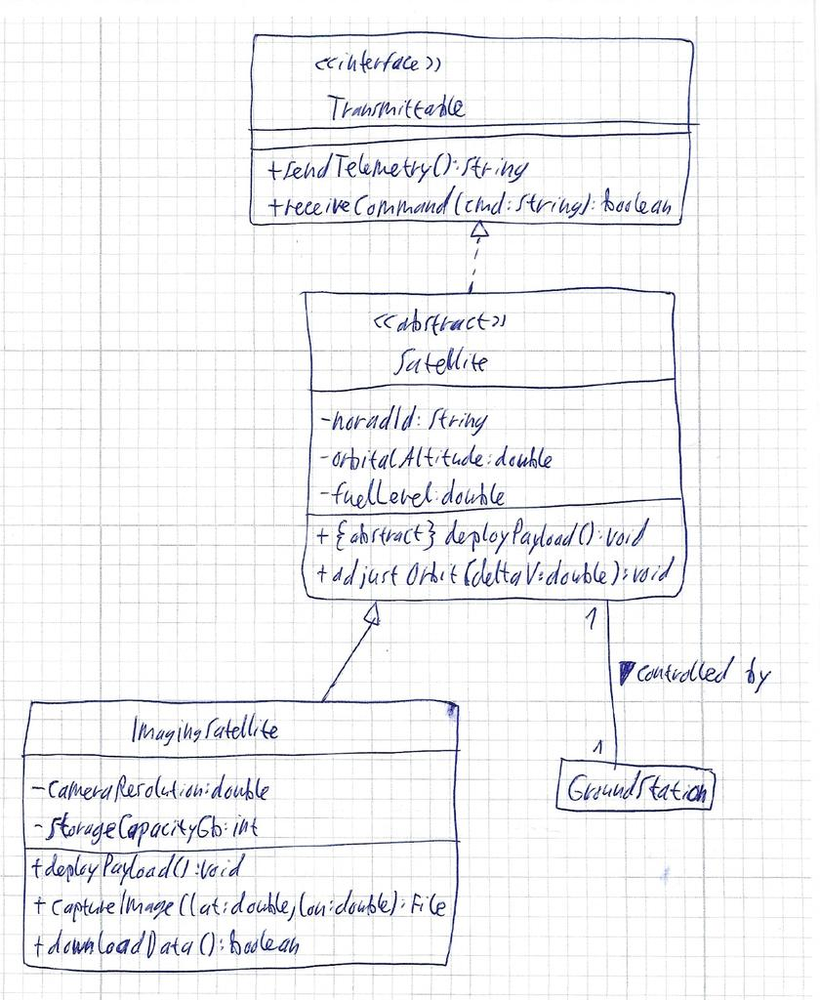
Diagram type: class_diagram
```plantuml
@startuml

interface Transmittable {
  + sendTelemetry(): String
  + receiveCommand(cmd: String): boolean
}

abstract class Satellite implements Transmittable {
  - noradId: String
  - orbitalAltitude: double
  - fuelLevel: double
  + {abstract} deployPayload(): void
  + adjustOrbit(deltaV: double): void
}

class ImagingSatellite extends Satellite {
  - cameraResolution: double
  - storageCapacityGb: int
  + deployPayload(): void
  + captureImage(lat: double, lon: double): File
  + downloadData(): boolean
}

Satellite "1" -- "1" GroundStation : controlled by >

@enduml
```